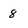
Character: 8